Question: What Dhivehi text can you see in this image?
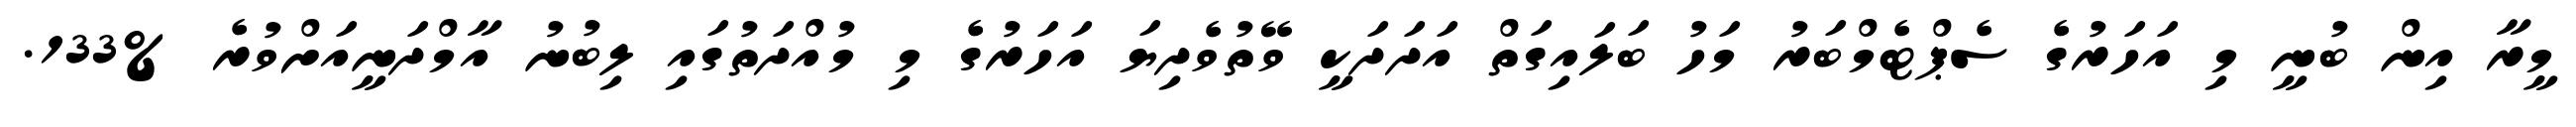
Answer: މީރާ އިން ބުނީ މި އަހަރުގެ ސެޕްޓެމްބަރު މަހު ބަލައިގަތް އަދަދަކީ ވޭތުވެދިޔަ އަހަރުގެ މި މުއްދަތުގައި ލިބުނު އާމްދަނީއަށްވުރެ %133.